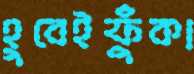
হুবেইফুঁকা